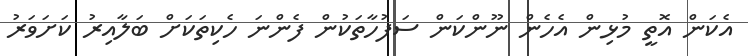
އެކަން އޮތީ މުޅިން އެހެން ނޫންކަން ސަފުހާތަކުން ފެންނަ ހެކިތަކަށް ބަލާއިރު ކަށަވަރު